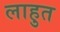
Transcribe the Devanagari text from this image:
लाहुत